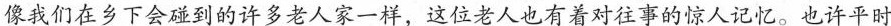
像我们在乡下会碰到的许多老人家一样，这位老人也有着对往事的惊人记忆。也许平时